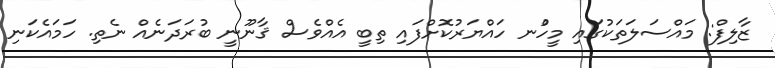
ޒާލިފް: މައްސަލަތަކުގައި މީހުްނ ހައްޔަރުކޮށްފައި ތިބީ އެއްވެސް ޤާނޫނީ ބުރަދަނެއް ނެތި. ހަމައެކަނި